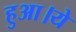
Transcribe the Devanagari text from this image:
हुआ।ये